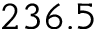
2 3 6 . 5